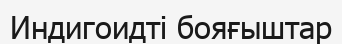
Индигоидті бояғыштар